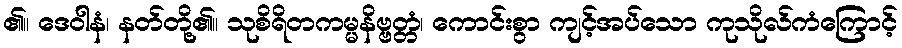
၏။ ဒေဝါနံ၊ နတ်တို့၏။ သုစိရိတကမ္မနိဗ္ဗတ္တံ၊ ကောင်းစွာ ကျင့်အပ်သော ကုသိုလ်ကံကြောင့်